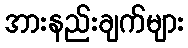
အားနည်းချက်များ